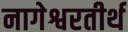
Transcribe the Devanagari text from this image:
नागेश्वरतीर्थ